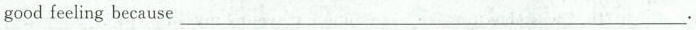
good feeling because ___.